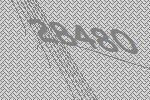
28480